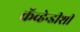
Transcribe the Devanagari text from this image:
कॅव्हेन्डीशी